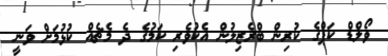
ވޯލްޑް ކަޕްގެ ކުރިން ބްރެޒިލުން އެކުވެރި ކަމުގެ ދެ މެޗެއް ކުޅުމަށް ވަނީ